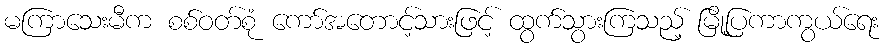
မကြာသေးမီက စစ်ဝတ်စုံ ကော်အတောင့်သားဖြင့် ထွက်သွားကြသည့် မြို့ပြကာကွယ်ရေး